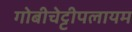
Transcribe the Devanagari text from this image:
गोबीचेट्टीपलायम